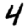
Digit: 4